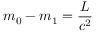
m _ { 0 } - m _ { 1 } = \frac { L } { c ^ { 2 } }